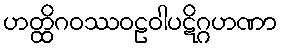
ဟတ္ထိဂဝဿဝဠဝါပဋိဂ္ဂဟဏာ